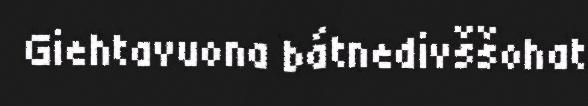
Giehtavuona bátnedivššohat